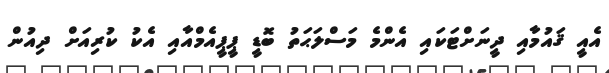
އެއީ ޤައުމާއި ދީނަށްޓަކައި އެންމެ މަސްލަޙަތު ބޮޑީ ޕީޕީއެމްއާއި އެކު ކުރިއަށް ދިއުން